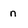
Character: n